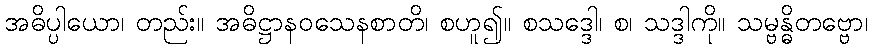
အဓိပ္ပါယော၊ တည်း။ အဓိဋ္ဌာနဝသေနစာတိ၊ စဟူ၍။ စသဒ္ဒေါ၊ စ၊ သဒ္ဒါကို။ သမ္ဗန္ဓိတဗ္ဗော၊